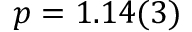
p = 1 . 1 4 ( 3 )